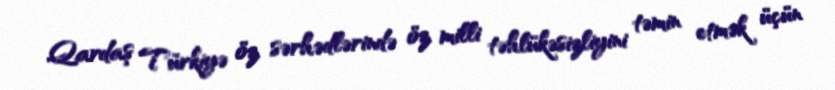
Qardaş Türkiyə öz sərhədlərində öz milli təhlükəsizliyini təmin etmək üçün